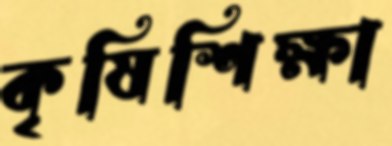
কৃষিশিক্ষা